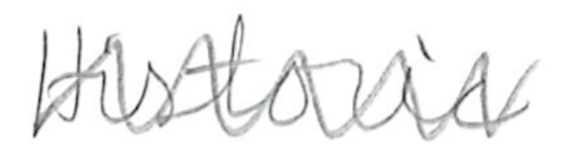
Text: Historic
Cross-out: zig-zag
Writing tool: pencil